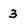
Character: 3